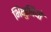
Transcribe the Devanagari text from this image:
भिक्षुणियो